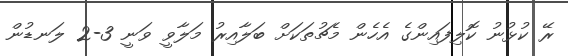
ރޭ ކުޅުނު ކޮލިފައިންގެ އެހެން މެޗުތަކަށް ބަލާއިރު މަލާވީ ވަނީ 3-2 ލަނޑުން